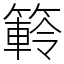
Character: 䉖